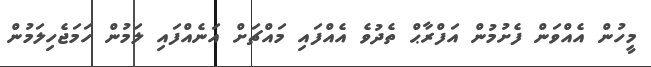
މީހުން އެއްވަން ފެށުމުން އަފްރާޙް ތެދުވެ އެއްފައި މައްޗަށް އަނެއްފައި ލަމުން ހަމަޖެހިލަމުން